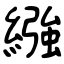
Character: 繈